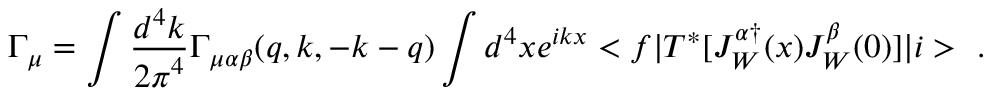
\Gamma _ { \mu } = \int \frac { d ^ { 4 } k } { { 2 \pi } ^ { 4 } } \Gamma _ { \mu \alpha \beta } ( q , k , - k - q ) \int d ^ { 4 } x e ^ { i k x } < f | T ^ { * } [ J _ { W } ^ { \alpha \dagger } ( x ) J _ { W } ^ { \beta } ( 0 ) ] | i > ~ .